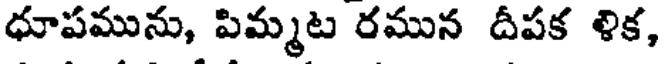
ధూపమును, పిమ్మట రమున దీపక ళిక,